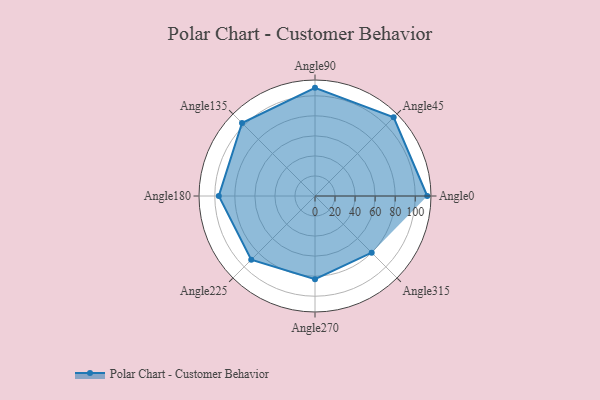
{"axis": {"x": "Angle", "y": "Radius"}, "legend": [""], "data": [{"x": "Angle0", "y": 112.0, "type": ""}, {"x": "Angle45", "y": 111.0, "type": ""}, {"x": "Angle90", "y": 108.0, "type": ""}, {"x": "Angle135", "y": 103.0, "type": ""}, {"x": "Angle180", "y": 96.0, "type": ""}, {"x": "Angle225", "y": 90.0, "type": ""}, {"x": "Angle270", "y": 83.0, "type": ""}, {"x": "Angle315", "y": 80.0, "type": ""}]}